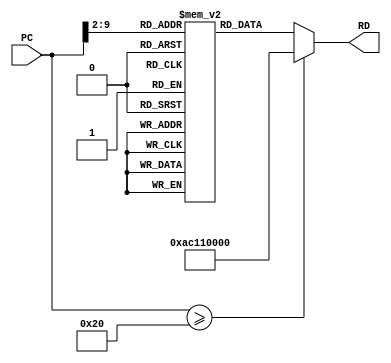
//`timescale 1ns / 1ps
//////////////////////////////////////////////////////////////////////////////////
// Company: 
// 
// Design Name: 
// Module Name: Instruction_Memory
// Project Name: 
// Target Devices: 
// Tool Versions: 
// Description: 
// 
// Dependencies: 
// 
// Revision:
// Revision 0.01 - File Created
// Additional Comments:
// 
//////////////////////////////////////////////////////////////////////////////////

module Instruction_Memory #(parameter InsMemory_WIDTH = 32 , InsMemory_DEPTH = 256 )
(
input      [InsMemory_WIDTH - 1 : 0]  PC ,
output reg [InsMemory_WIDTH - 1 : 0]  RD 
);

reg [InsMemory_WIDTH - 1 : 0] Ins_mem [0 : InsMemory_DEPTH - 1  ] ;

 /********************************FIND GCD FOR 120 and 180********************************/
/*	initial
 begin
  Ins_mem [0] = 32'h00008020;      // add $s0, $zero, $zero  
  Ins_mem [1] = 32'h20100082;      // addi $s0, $zero, 120(78) 0r 130(82)
  Ins_mem [2] = 32'h00008820;      // add $s1, $zero, $zero 
  Ins_mem [3] = 32'h201100BE;      // addi $s1, $zero, 180(B4) or 190(BE) 
  Ins_mem [4] = 32'h00009020;      // add $s2, $zero, $zero 
  Ins_mem [5] = 32'h12110006;      // add $s2, $s1, $s1 
  Ins_mem [6] = 32'h0211482A;      // sub $s0, $s2, $s1 
  Ins_mem [7] = 32'h11200002;      // sw $s0, 2($zero) 
  Ins_mem [8] = 32'h02308822;      // sub $s2, $s1, $s0 
  Ins_mem [9] = 32'h08000005;      // beq $zero, $s0, 5 
  Ins_mem [10] = 32'h02118022;     // sub $s0, $s1, $s0 
  Ins_mem [11] = 32'h08000005;     // beq $zero, $s0, 5 
  Ins_mem [12] = 32'h00109020;     // sw $s2, 16($s0) 
  Ins_mem [13] = 32'hAC120000;     // lw $s2, 0($s0) 

  end  */
				 
 /********************************FIND FACTORIAL OF NUMBER 7********************************/
   initial
	begin
		Ins_mem [0]  = 32'h00008020;    //add $s0, $0, $0
		Ins_mem [1]  = 32'h20100007;    //addi $s0, $0, 7
		Ins_mem [2]  = 32'h00008820;    //add $s1, $0, $0
		Ins_mem [3]  = 32'h20110001;    //addi $s1, $0, 1
		Ins_mem [4]  = 32'h12000003;    //beq $s1, $0, 3
		Ins_mem [5]  = 32'h0230881C;    //mul $s1, $s1, $s0
		Ins_mem [6]  = 32'h2210FFFF;    //addi $s0, $s0, -1
		Ins_mem [7]  = 32'h08000004;    //J  4
		Ins_mem [8]  = 32'hAC110000;    //sw $s1, 0($0)
 	end 
  
  
    always @(*) begin
    if (PC>=32'h000020)
        RD =   32'hAC110000 ;
    else 
        RD = Ins_mem [PC>>2];
    end
 //each instruction is typically stored in a 4-byte (32-bit) address.
 //the PC value is divided by 4 (PC>>2) to obtain the index in the Ins_mem array.
 //The calculated index is then used to assign the corresponding instruction to the instr output.
 
endmodule